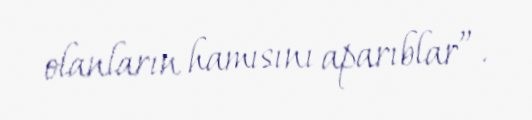
olanların hamısını aparıblar”.